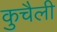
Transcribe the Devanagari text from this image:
कुचैली